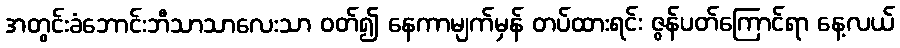
အတွင်းခံဘောင်းဘီသာသာလေးသာ ဝတ်၍ နေကာမျက်မှန် တပ်ထားရင်း ဇွန်ပတ်ကြောင်ရာ နေ့လယ်